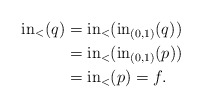
\begin{align*}\mathrm{in}_<(q) &= \mathrm{in}_<(\mathrm{in}_{(0,1)}(q))\\&= \mathrm{in}_<(\mathrm{in}_{(0,1)}(p))\\&= \mathrm{in}_<(p) =f.\end{align*}